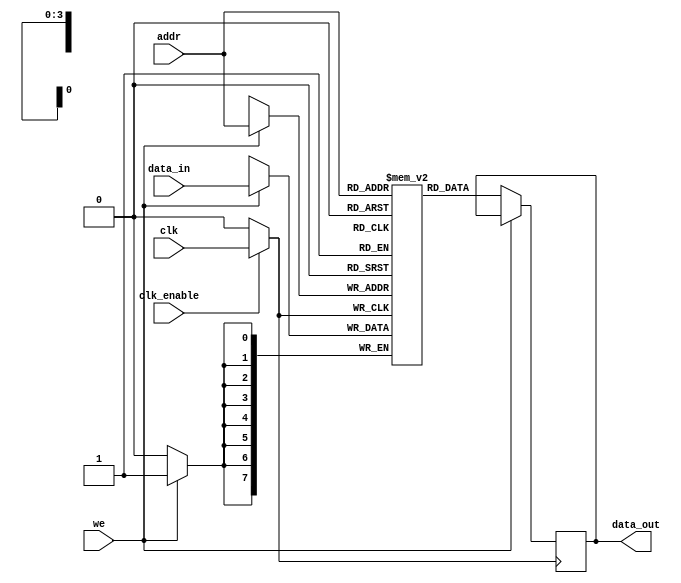
module clock_gated_memory (
    input wire clk,               // Global clock signal
    input wire clk_enable,        // Clock enable signal
    input wire [7:0] data_in,     // Data input
    input wire [3:0] addr,        // Address input
    input wire we,                // Write enable
    output reg [7:0] data_out     // Data output
);

    // Memory array (16x8 bits)
    reg [7:0] mem [15:0];

    // Internal clock signal for gated clock
    wire gated_clk;

    // Transmission gate for clock gating
    assign gated_clk = clk_enable ? clk : 1'b0;

    // Memory operations
    always @(posedge gated_clk) begin
        if (we) begin
            // Write operation
            mem[addr] <= data_in;
        end else begin
            // Read operation
            data_out <= mem[addr];
        end
    end

endmodule